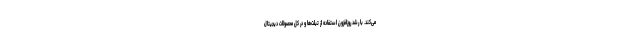
می‌کند. با رشد روزافزون استفاده از تبلت‌ها و در کل محصولات دیجیتال